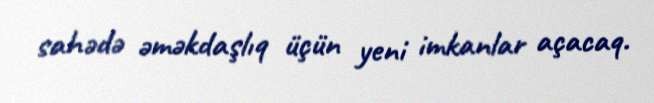
sahədə əməkdaşlıq üçün yeni imkanlar açacaq.